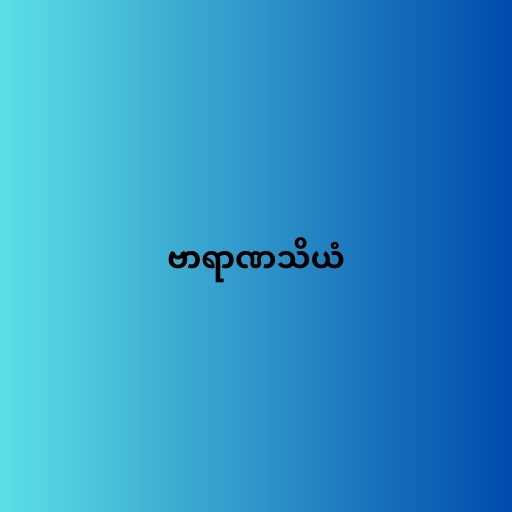
ဗာရာဏသိယံ